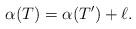
LaTeX: \begin{align*} \alpha(T) =\alpha(T') + \ell.\end{align*}